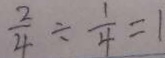
\frac { 2 } { 4 } \div \frac { 1 } { 4 } = 1